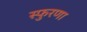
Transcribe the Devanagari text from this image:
स्फुरणा